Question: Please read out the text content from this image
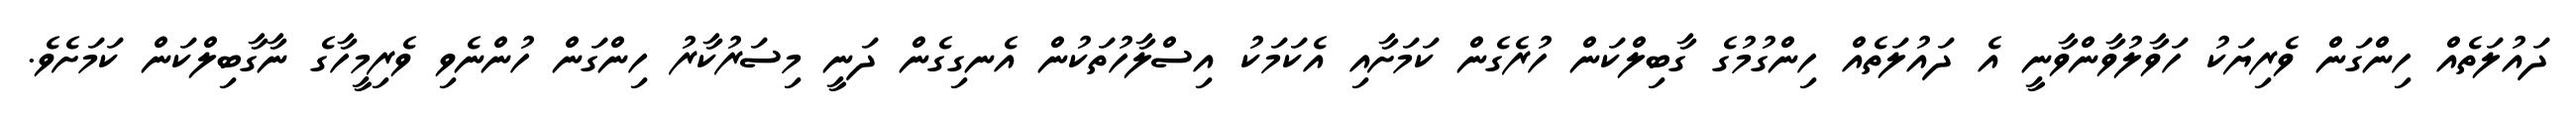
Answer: ދައުލަތެއް ހިންގަން ވެރިޔަކު ހަވާލުވާންވާނީ އެ ދައުލަތެއް ހިންގުމުގެ ގާބިލްކަން ހުރެގެން ކަމަށާއި އެކަމަކު އިސްލާހުތަކުން އެނގިގެން ދަނީ މިސަރުކާރު ހިންގަން ހުންނެވި ވެރިމީހާގެ ނާގާބިލްކަން ކަމަށެވެ.